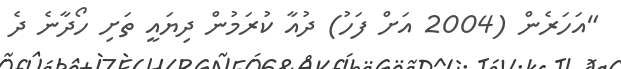
"އަހަރެން (2004 އަށް ފަހު) ދުއާ ކުރަމުން ދިޔައީ ތަށި ހޯދާނެ ދެ